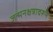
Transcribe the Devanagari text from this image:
जन्मनक्षत्रावरून